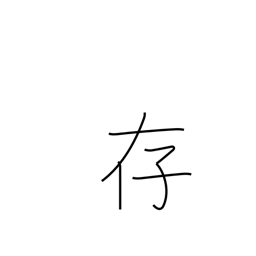
Meaning: be aware of